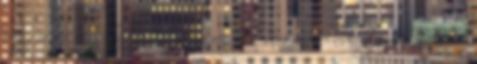
Agócs Gergely: A magyarok már nem mesélnek egymásnak A